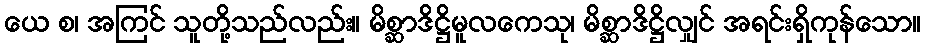
ယေ စ၊ အကြင် သူတို့သည်လည်း။ မိစ္ဆာဒိဋ္ဌိမူလကေသု၊ မိစ္ဆာဒိဋ္ဌိလျှင် အရင်းရှိကုန်သော။